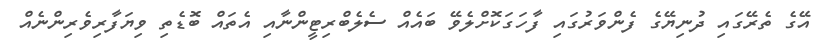
އޭގެ ތެރޭގައި ދުނިޔޭގެ ފެންވަރުގައި ފާހަގަކޮށްލެވޭ ބައެއް ސެލެބްރިޓީންނާއި އެތައް ބޮޑެތި ވިޔަފާރިވެރިންނެއް